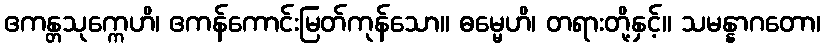
ဧကန္တသုက္ကေဟိ၊ ဧကန်ကောင်းမြတ်ကုန်သော။ ဓမ္မေဟိ၊ တရားတို့နှင့်။ သမန္နာဂတော၊